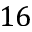
1 6